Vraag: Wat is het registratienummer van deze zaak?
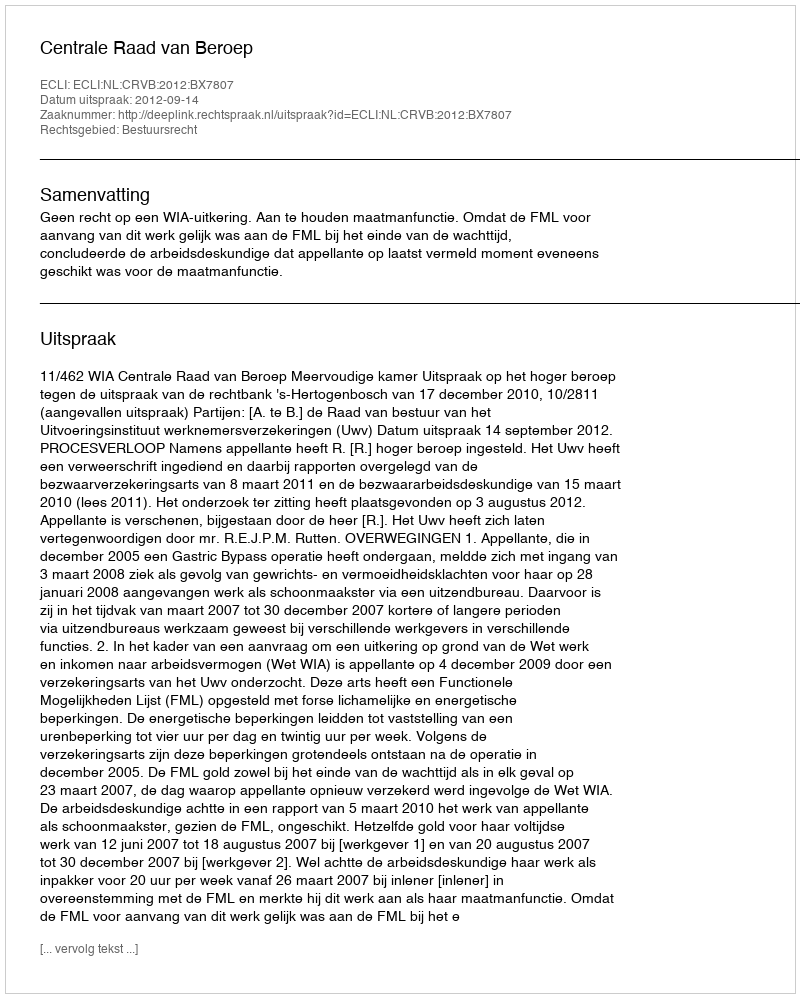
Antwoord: http://deeplink.rechtspraak.nl/uitspraak?id=ECLI:NL:CRVB:2012:BX7807